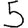
Digit: 5